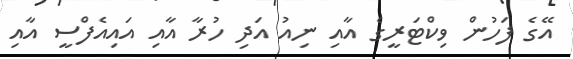
އޭގެ ފަހުން ވިކްޓަރީގެ އާއި ނިއު އަދި ހުރާ އާއި އައިއެފްސީ އާއި